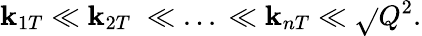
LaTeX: \mathbf{k}_{1T}\ll\mathbf{k}_{2T}\; \ll\; ...\; \ll\mathbf{k}_{nT}\ll\sqrt{}{{Q^{2}}}.